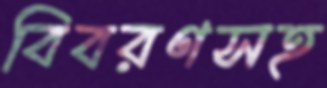
বিবরণসহ